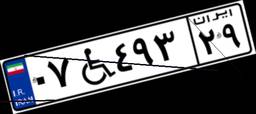
۰۷W۴۹۳۲۹